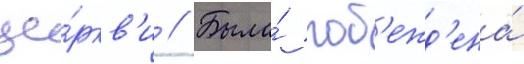
це́ркв'и // Была́ поб'ежд'ена́